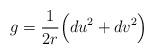
LaTeX: \begin{align*}g = \frac{1}{2r} \Big( du^2 + dv^2 \Big)\end{align*}